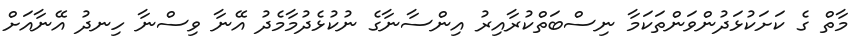
މާތް ގެ ކަށަކުޅަދުންވަންތަކަމާ ނިސްބަތްކުރާއިރު އިންސާނާގެ ނުކުޅެދުމާމެދު އޭނާ ވިސްނާ ހިނދު އޭނާއަށް